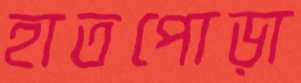
হাতপোড়া